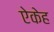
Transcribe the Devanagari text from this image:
ऐकेह